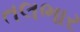
તલભાર